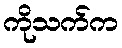
ကိုသက်က